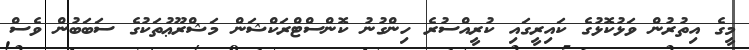
މީގެ އިތުރުން ވަޅުކޮޅުގެ ކައިރީގައި ކުރީއްސުރެ ހިންގުނު ކޮންސްޓްރަކްޝަން މަޝްރޫޢުތަކުގެ ސަބަބުން ވެސް